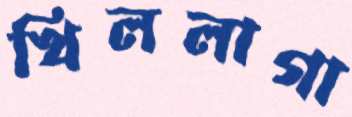
খিললাগা